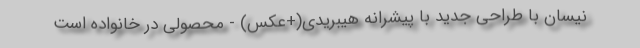
نیسان با طراحی جدید با پیشرانه هیبریدی(+عکس) - محصولی در خانواده است